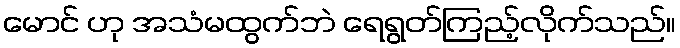
မောင် ဟု အသံမထွက်ဘဲ ရေရွတ်ကြည့်လိုက်သည်။